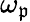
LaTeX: \omega_{\mathfrak{p}}